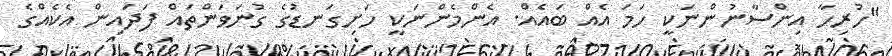
"ހުރިހާ އިންސާނުންނަކީ ހަމަ އެއް ބައެއް. އެންމެންނަކީ ހަށިގަނޑުގެ ގުނަވަންތައް ފަދައިން އެކެއްގެ